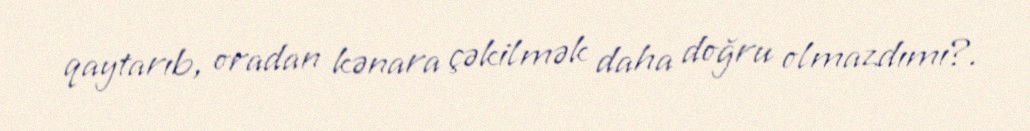
qaytarıb, oradan kənara çəkilmək daha doğru olmazdımı?.